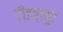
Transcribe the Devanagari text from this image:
टीडब्लूए